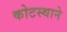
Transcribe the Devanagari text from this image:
कोटस्थाने